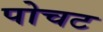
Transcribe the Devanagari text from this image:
पोचट